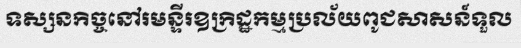
ទស្សនកិច្ចនៅរមន្ទីរឧក្រិដ្ឋកម្មប្រល័យពូជសាសន៍ទួល